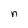
Character: n